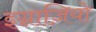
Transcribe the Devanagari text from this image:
इग्नाज़ियो